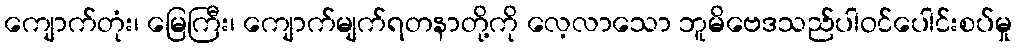
ကျောက်တုံး၊ မြေကြီး၊ ကျောက်မျက်ရတနာတို့ကို လေ့လာသော ဘူမိဗေဒသည်ပါဝင်ပေါင်းစပ်မှု